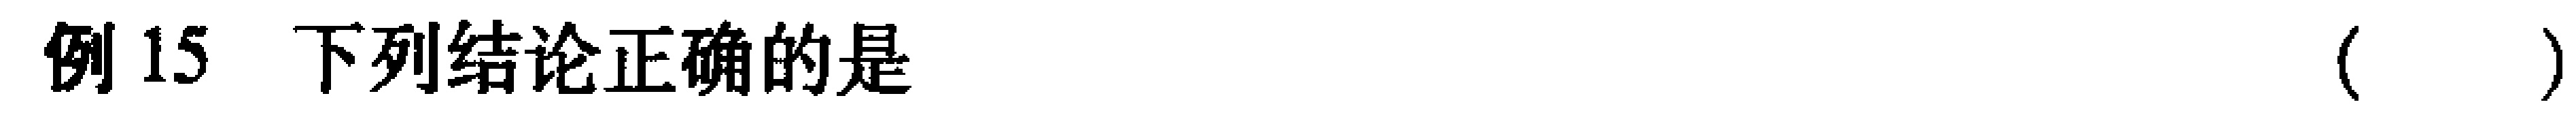
例 15 下列结论正确的是（  ）